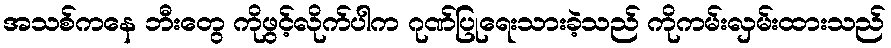
အသစ်ကနေ ဘီးတွေ ကိုဖွင့်လိုက်ပါက ဂုဏ်ပြုရေးသားခဲ့သည် ကိုကမ်းလှမ်းထားသည်